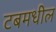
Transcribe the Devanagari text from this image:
टबमधील